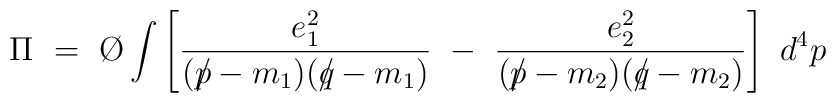
\Pi ~=~ \hbox{\O} \int \left[ {{e_1^2} \over {(p \!\!\!/-m_1)(q \!\!\!/-m_1)}}~-~ {{e_2^2}\over {(p \!\!\!/ -m_2)(q \!\!\!/ -m_2)}} \right] ~d^4p